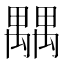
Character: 𥝉